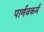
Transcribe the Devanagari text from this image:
पार्णवकर्म